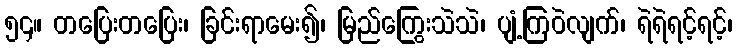
၅၄။ တပြေးတပြေး၊ ခြင်းရာမေး၍၊ မြည်ကြွေးသဲသဲ၊ ပျံ့ကြဝဲလျက်၊ ရဲရဲရင့်ရင့်၊